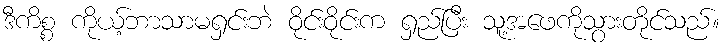
ဒီကိစ္စ ကိုယ့်ဘာသာမရှင်းဘဲ ဝိုင်းဝိုင်းက ရှည်ပြီး သူ့အဖေကိုသွားတိုင်သည်။